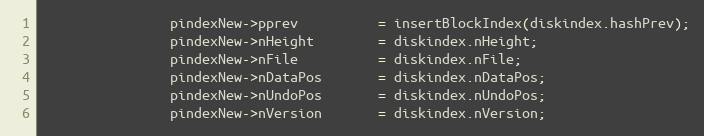
Language: C++
                pindexNew->pprev          = insertBlockIndex(diskindex.hashPrev);
                pindexNew->nHeight        = diskindex.nHeight;
                pindexNew->nFile          = diskindex.nFile;
                pindexNew->nDataPos       = diskindex.nDataPos;
                pindexNew->nUndoPos       = diskindex.nUndoPos;
                pindexNew->nVersion       = diskindex.nVersion;